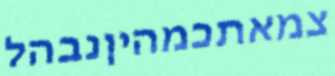
צמאתכמהיןנבהל